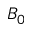
B _ { 0 }